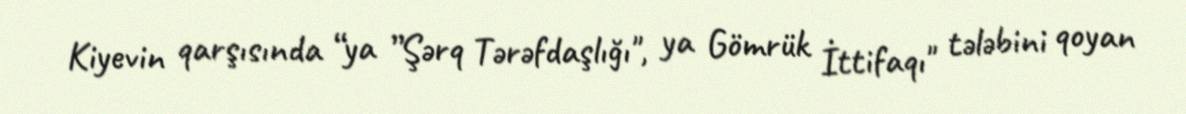
Kiyevin qarşısında “ya ”Şərq Tərəfdaşlığı", ya Gömrük İttifaqı" tələbini qoyan